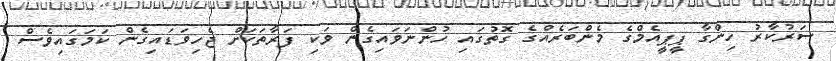
ސަރުކާރު ހިންގާ ޕީޕީއެމްގެ މެންބަރެއްގެ ގޮތުގައި ހުންނަވައިގެން ވަކި ފަރާތަކަށް ޖެހިވަޑައިގެން ކަމަގައިވެސް